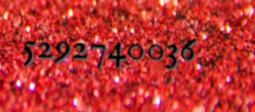
5292740036